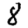
Digit: 8